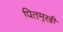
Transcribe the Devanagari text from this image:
पितमुखी